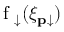
\mathrm { ~ f ~ } _ { \downarrow } ( \xi _ { \mathbf { p } \downarrow } )